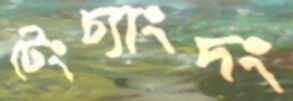
টেংচ্যাংদং